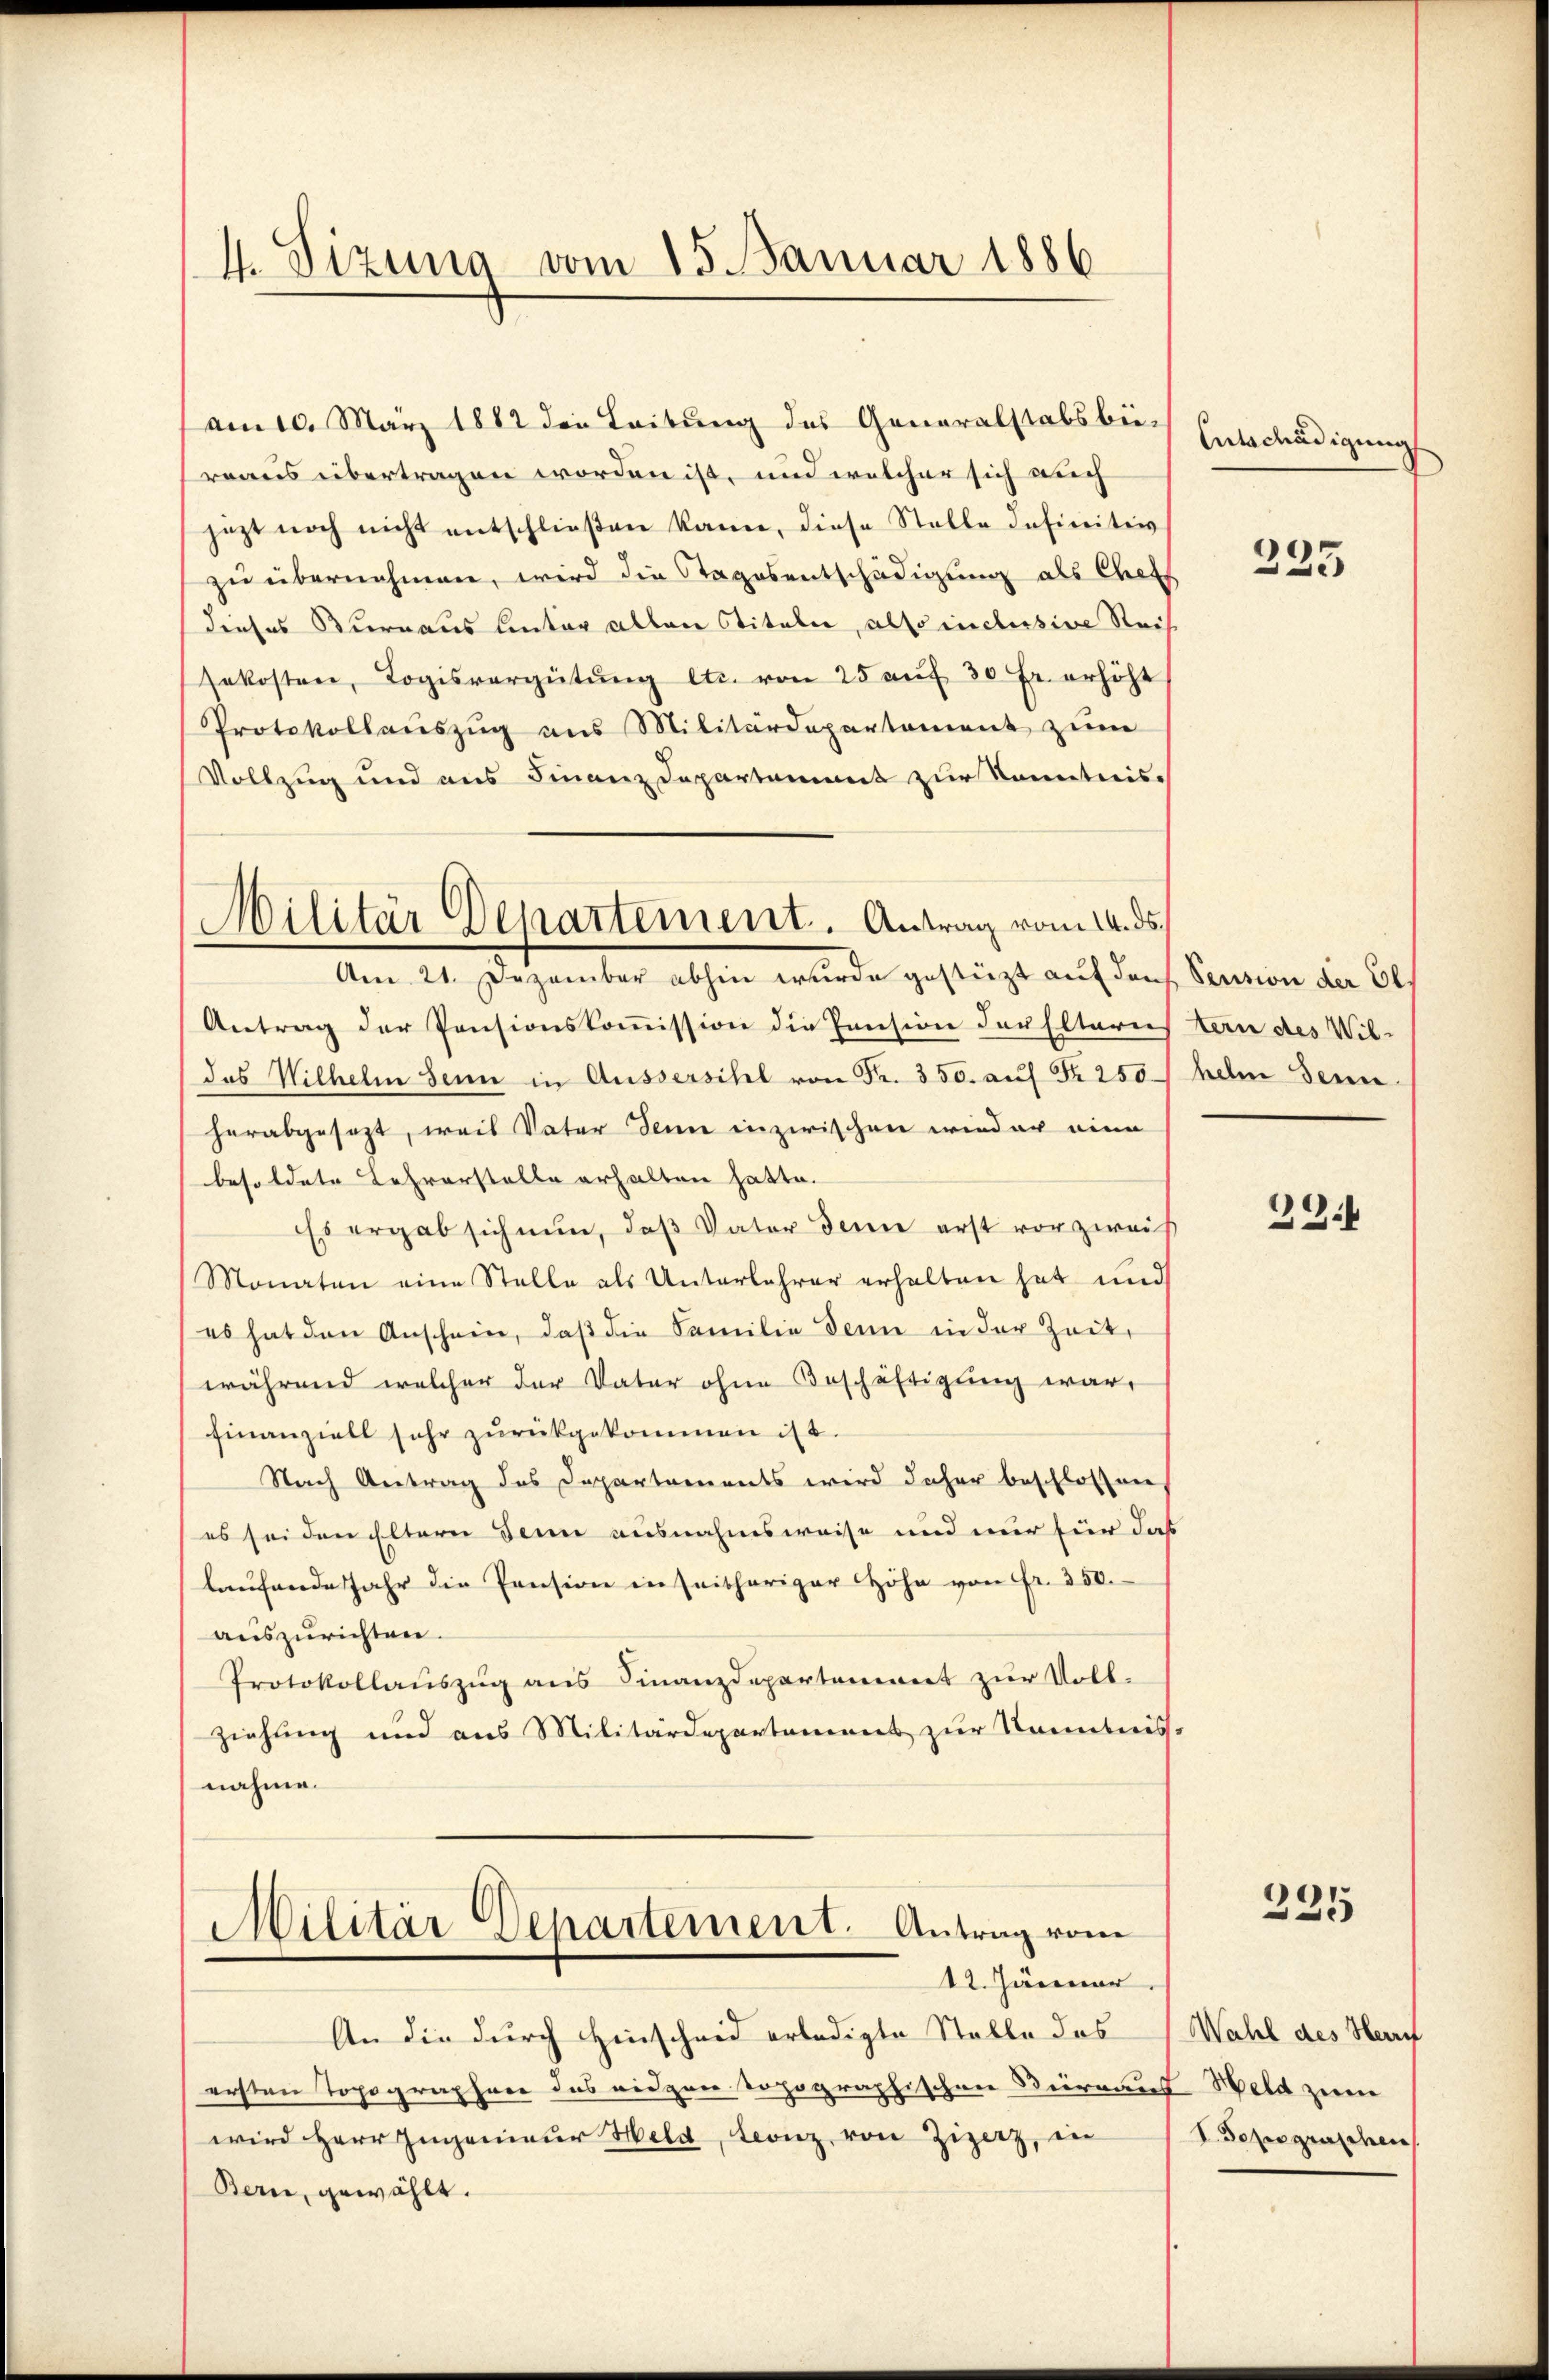
4. Sizung vom 15. Januar 1886

dieses Bureaus hinter allen Stitale, also inclusive Rei
sekosten, Logisvergütŭng etc. von 25 aŭf 30 Fr. erhöht
Protokollanszŭg ans Militärdepartement zŭm
Vollzug und aus Finanz Departament zur Sonntnis
Antrag der Pensionskoṁission die Pension der Elterni
das Wilhelm Senn in Aussersihl von Fr. 350. auf Nr. 250.
herabgesezt, weil Vater denn inzwischen wieder eine
besoldete Lehrerstelle erhalten hatte.
Es ergab sich nun, daß Vater denn erst vor zwei
Monaten eine Stelle als Unterlehrer erhalten hat und
es hat den Anschein, daβ die Familie denn in der Zeit,
während welcher der Vater ohne Beschäftigung war,
finanziell sehr zurückgekommen ist.
Nach Antrag des Departaments wird daher beschlossen
es sei den Eltern denn ausnahmsweise und nur für da
laŭfende Jahr die Pension in seitheriger Höhe von Fr. 350.
auszurichten
Protokollauszug aus Finanzdepartement zur Vollziehung und aus Militärdepartement zur Kenntnis
nahme.
.
Militär Separtement. Antrag vom
12. Jänner
An die durch Hinscheid erledigte Stalle das
ersten Topographene das eigen topographischen Dierman
wird Herr Ingenieur Held, Leonz von Zizerz, in
Bern, gewählt.

Militär Departement. Antrag vom 14. ds.
Am 21. Dezember abhin wurde gestüzt auf den

am 10. März 1882 die Leitung des Generalstabsbi-
reaus übertragen worden ist, und welcher sich auch
jezt noch nicht entschlieβen kann, diese Stelle Infinitiv
zu übernehmen, wird die Stagosentschädigung als Chef

Entschädigung

235

Pension der El
tern des Wil-
helm Jenne

33

235

Wahl des Herrn
E Held zum
V. Topograschen